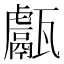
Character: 甗